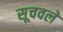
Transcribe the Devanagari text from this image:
सूचवले